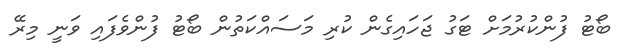
ބޯޓު ފުންކުރުމަށް ޓަގު ޖަހައިގެން ކުރި މަސައްކަތުން ބޯޓު ފުންވެފައި ވަނީ މިރޭ